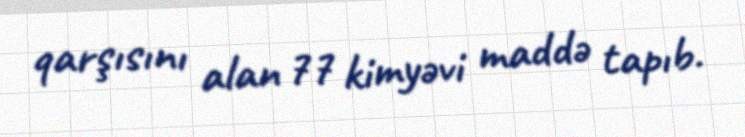
qarşısını alan 77 kimyəvi maddə tapıb.